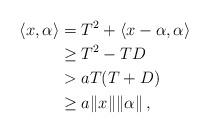
LaTeX: \begin{align*}\langle x, \alpha \rangle&= T^2 + \langle x-\alpha, \alpha \rangle \\&\geq T^2 - T D \\&> a T (T+D)\\&\geq a \|x\| \|\alpha\|\, ,\end{align*}